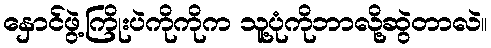
နှောင်ဖွဲ့ကြိုးပဲကိုကိုက သူ့ပုံကိုဘာလို့ဆွဲတာလဲ။